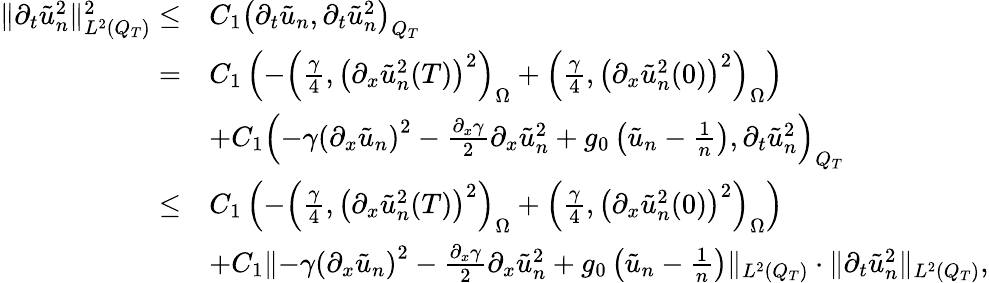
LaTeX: \begin{array}{rl}{\lVert\partial_{t}\tilde{u}_{n}^{2}\rVert_{L^{2}(Q_{T})}^{2}\leq}&{C_{1}\left(\partial_{t}\tilde{u}_{n},\partial_{t}\tilde{u}_{n}^{2}\right)_{Q_{T}}}\\ {=}&{C_{1}\left(-\left(\frac{\gamma}{4},\left(\partial_{x}\tilde{u}_{n}^{2}(T)\right)^{2}\right)_{\Omega}+\left(\frac{\gamma}{4},\left(\partial_{x}\tilde{u}_{n}^{2}(0)\right)^{2}\right)_{\Omega}\right)}\\ &{+C_{1}\left(-\gamma\left(\partial_{x}\tilde{u}_{n}\right)^{2}-\frac{\partial_{x}\gamma}{2}\partial_{x}\tilde{u}_{n}^{2}+g_{0}\left(\tilde{u}_{n}-\frac{1}{n}\right),\partial_{t}\tilde{u}_{n}^{2}\right)_{Q_{T}}}\\ {\leq}&{C_{1}\left(-\left(\frac{\gamma}{4},\left(\partial_{x}\tilde{u}_{n}^{2}(T)\right)^{2}\right)_{\Omega}+\left(\frac{\gamma}{4},\left(\partial_{x}\tilde{u}_{n}^{2}(0)\right)^{2}\right)_{\Omega}\right)}\\ &{+C_{1}\lVert-\gamma\left(\partial_{x}\tilde{u}_{n}\right)^{2}-\frac{\partial_{x}\gamma}{2}\partial_{x}\tilde{u}_{n}^{2}+g_{0}\left(\tilde{u}_{n}-\frac{1}{n}\right)\rVert_{L^{2}(Q_{T})}\cdot\lVert\partial_{t}\tilde{u}_{n}^{2}\rVert_{L^{2}(Q_{T})},}\end{array}